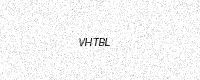
Text: VHTBL